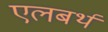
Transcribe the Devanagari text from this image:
एलबर्थ